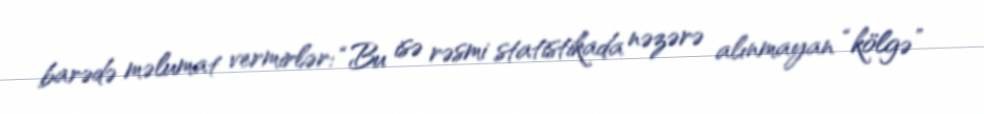
barədə məlumat vermirlər: “Bu isə rəsmi statistikada nəzərə alınmayan “kölgə”